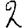
Digit: 2